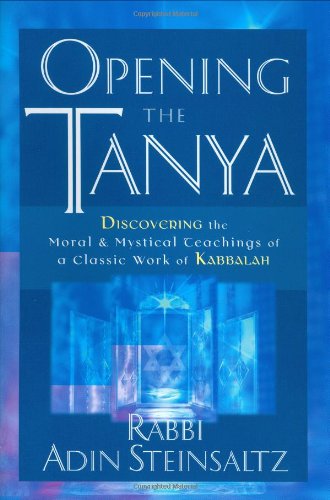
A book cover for Opening the Tanya: Discovering the Moral and Mystical Teachings of a Classic Work of Kabbalah; Rabbi Adin Steinsaltz; Religion & Spirituality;